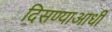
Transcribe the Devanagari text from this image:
दिसण्याआधी